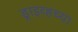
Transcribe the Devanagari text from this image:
ड्राइव्हच्या